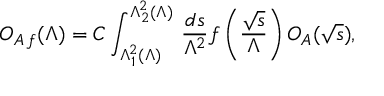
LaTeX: { \cal O } _ { A \, f } ( \Lambda ) = C \int _ { \Lambda _ { 1 } ^ { 2 } ( \Lambda ) } ^ { \Lambda _ { 2 } ^ { 2 } ( \Lambda ) } \, \frac { d s } { \Lambda ^ { 2 } } f \left( \frac { \sqrt { s } } { \Lambda } \right) { \cal O } _ { A } ( \sqrt { s } ) ,